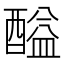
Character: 𨢘